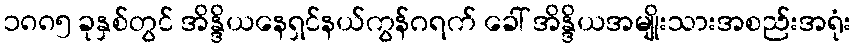
၁၈၈၅ ခုနှစ်တွင် အိန္ဒိယနေရှင်နယ်ကွန်ဂရက် ခေါ် အိန္ဒိယအမျိုးသားအစည်းအရုံး